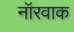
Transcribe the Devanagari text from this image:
नॉरवाक